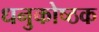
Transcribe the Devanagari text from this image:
धनुकोष्ठक